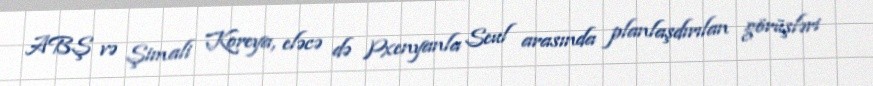
ABŞ və Şimali Koreya, eləcə də Pxenyanla Seul arasında planlaşdırılan görüşləri